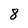
Character: 8